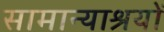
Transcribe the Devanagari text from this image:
सामान्याश्रयों